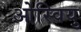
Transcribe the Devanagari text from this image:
ओस्वियु